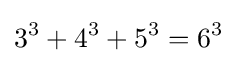
3^{3}+4^{3}+5^{3}=6^{3}